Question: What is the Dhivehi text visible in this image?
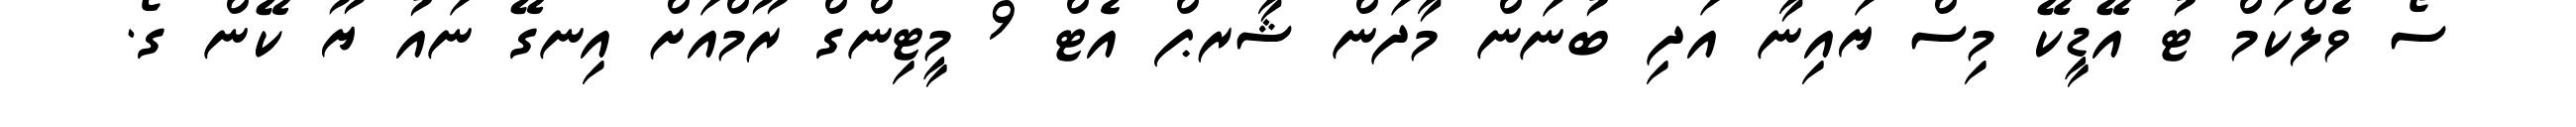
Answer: ސޯ ވެލްކަމް ޓު އޭޑީކޭ މިސް ޔައިނާ އަދި ބުނަން މާދަން ޝާރޕް އެޓް 9 މީޓިންގް ރޫމްއަށް އިނގޭ ނައު ޔޫ ކޭން ގޯ.